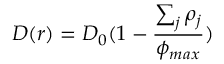
D ( r ) = D _ { 0 } ( 1 - \frac { \sum _ { j } \rho _ { j } } { \phi _ { m a x } } )